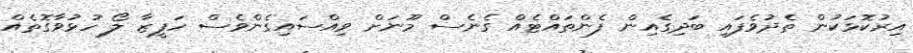
އިރުކޮޅަކުން ތެދުވެފައި ބަދިގެއިން ފެންތައްޓެއް ގެނެސް މޫނަށް ވިއްސައިގެންވެސް ހަފީޒާ ލޯ ހުޅުވާގޮތެއް